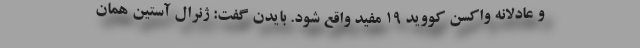
و عادلانه واکسن کووید ۱۹ مفید واقع شود. بایدن گفت: ژنرال آستین همان